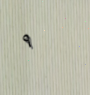
٩